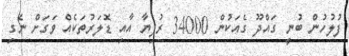
ފުލުހުން ބުނީ ގައްދޫ ގެއަކުން 34000 ރުފިޔާ އާއި ޑޮލަރުތަކެއް ވަގަށް ނެގި